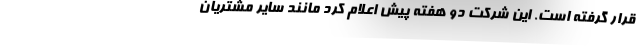
قرار گرفته است. این شرکت دو هفته پیش اعلام کرد مانند سایر مشتریان